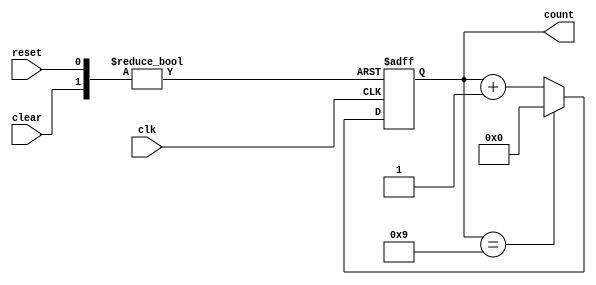
module Modulus_Counter (
    input wire clk,
    input wire clear,
    input wire reset,
    output reg [7:0] count // Assuming 8-bit counter for example
);

parameter MODULUS = 10; // Specify the modulus value

always @(posedge clk or posedge clear or posedge reset) begin
    if (clear) begin // Asynchronous clear
        count <= 0;
    end else if (reset) begin // Asynchronous reset
        count <= 0;
    end else begin
        if (count == MODULUS - 1) begin
            count <= 0;
        end else begin
            count <= count + 1;
        end
    end
end

endmodule